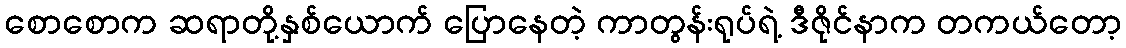
စောစောက ဆရာတို့နှစ်ယောက် ပြောနေတဲ့ ကာတွန်းရုပ်ရဲ့ ဒီဇိုင်နာက တကယ်တော့